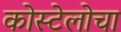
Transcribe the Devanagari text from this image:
कोस्टेलोचा